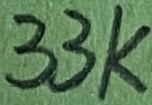
Text: 33K